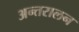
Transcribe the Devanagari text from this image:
अन्तरालन